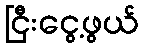
ငြီးငွေ့ဖွယ်